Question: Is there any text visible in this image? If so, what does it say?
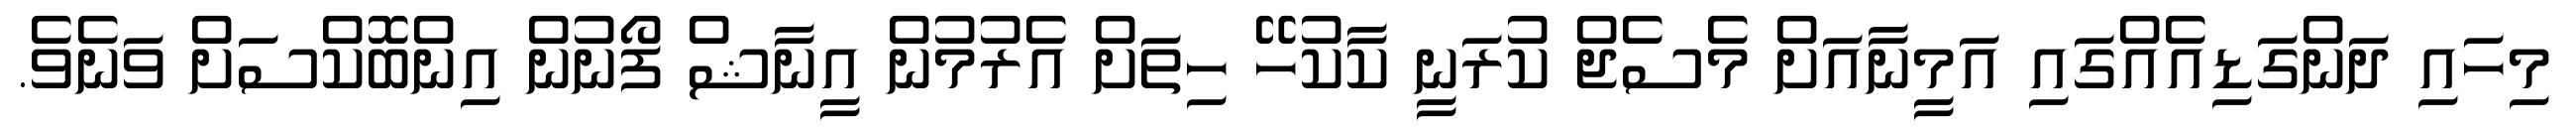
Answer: މިހައި ދަންގަޑިއެއްގައި އަމީނާއަށް މެސެޖް ކުރަނީ ކާކުހޭ ހިތަށް އެރުމުން އީނާޝް ފޯނުން އިންބޮކްސަށް ވަނެވެ.